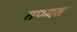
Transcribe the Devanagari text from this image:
तप्प्यत